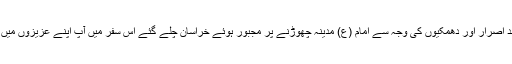
۲۰۰ہجری میں مامون عباسی کے بے حد اصرار اور دھمکیوں کی وجہ سے امام (ع) مدینہ چھوڑنے پر مجبور ہوئے خراسان چلے گئے اس سفر میں آپ اپنے عزیزوں میں سے کسی ایک کو بھی اپنے ہمراہ نہ لیا۔